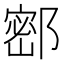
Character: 𰻺